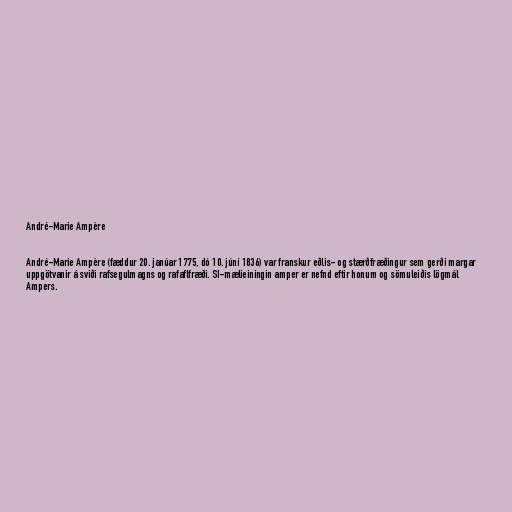
André-Marie Ampère

André-Marie Ampère (fæddur 20. janúar 1775, dó 10. júní 1836) var franskur eðlis- og stærðfræðingur sem gerði margar
uppgötvanir á sviði rafsegulmagns og rafaflfræði. SI-mælieiningin amper er nefnd eftir honum og sömuleiðis lögmál
Ampers.